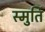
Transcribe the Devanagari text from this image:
स्मुर्ति